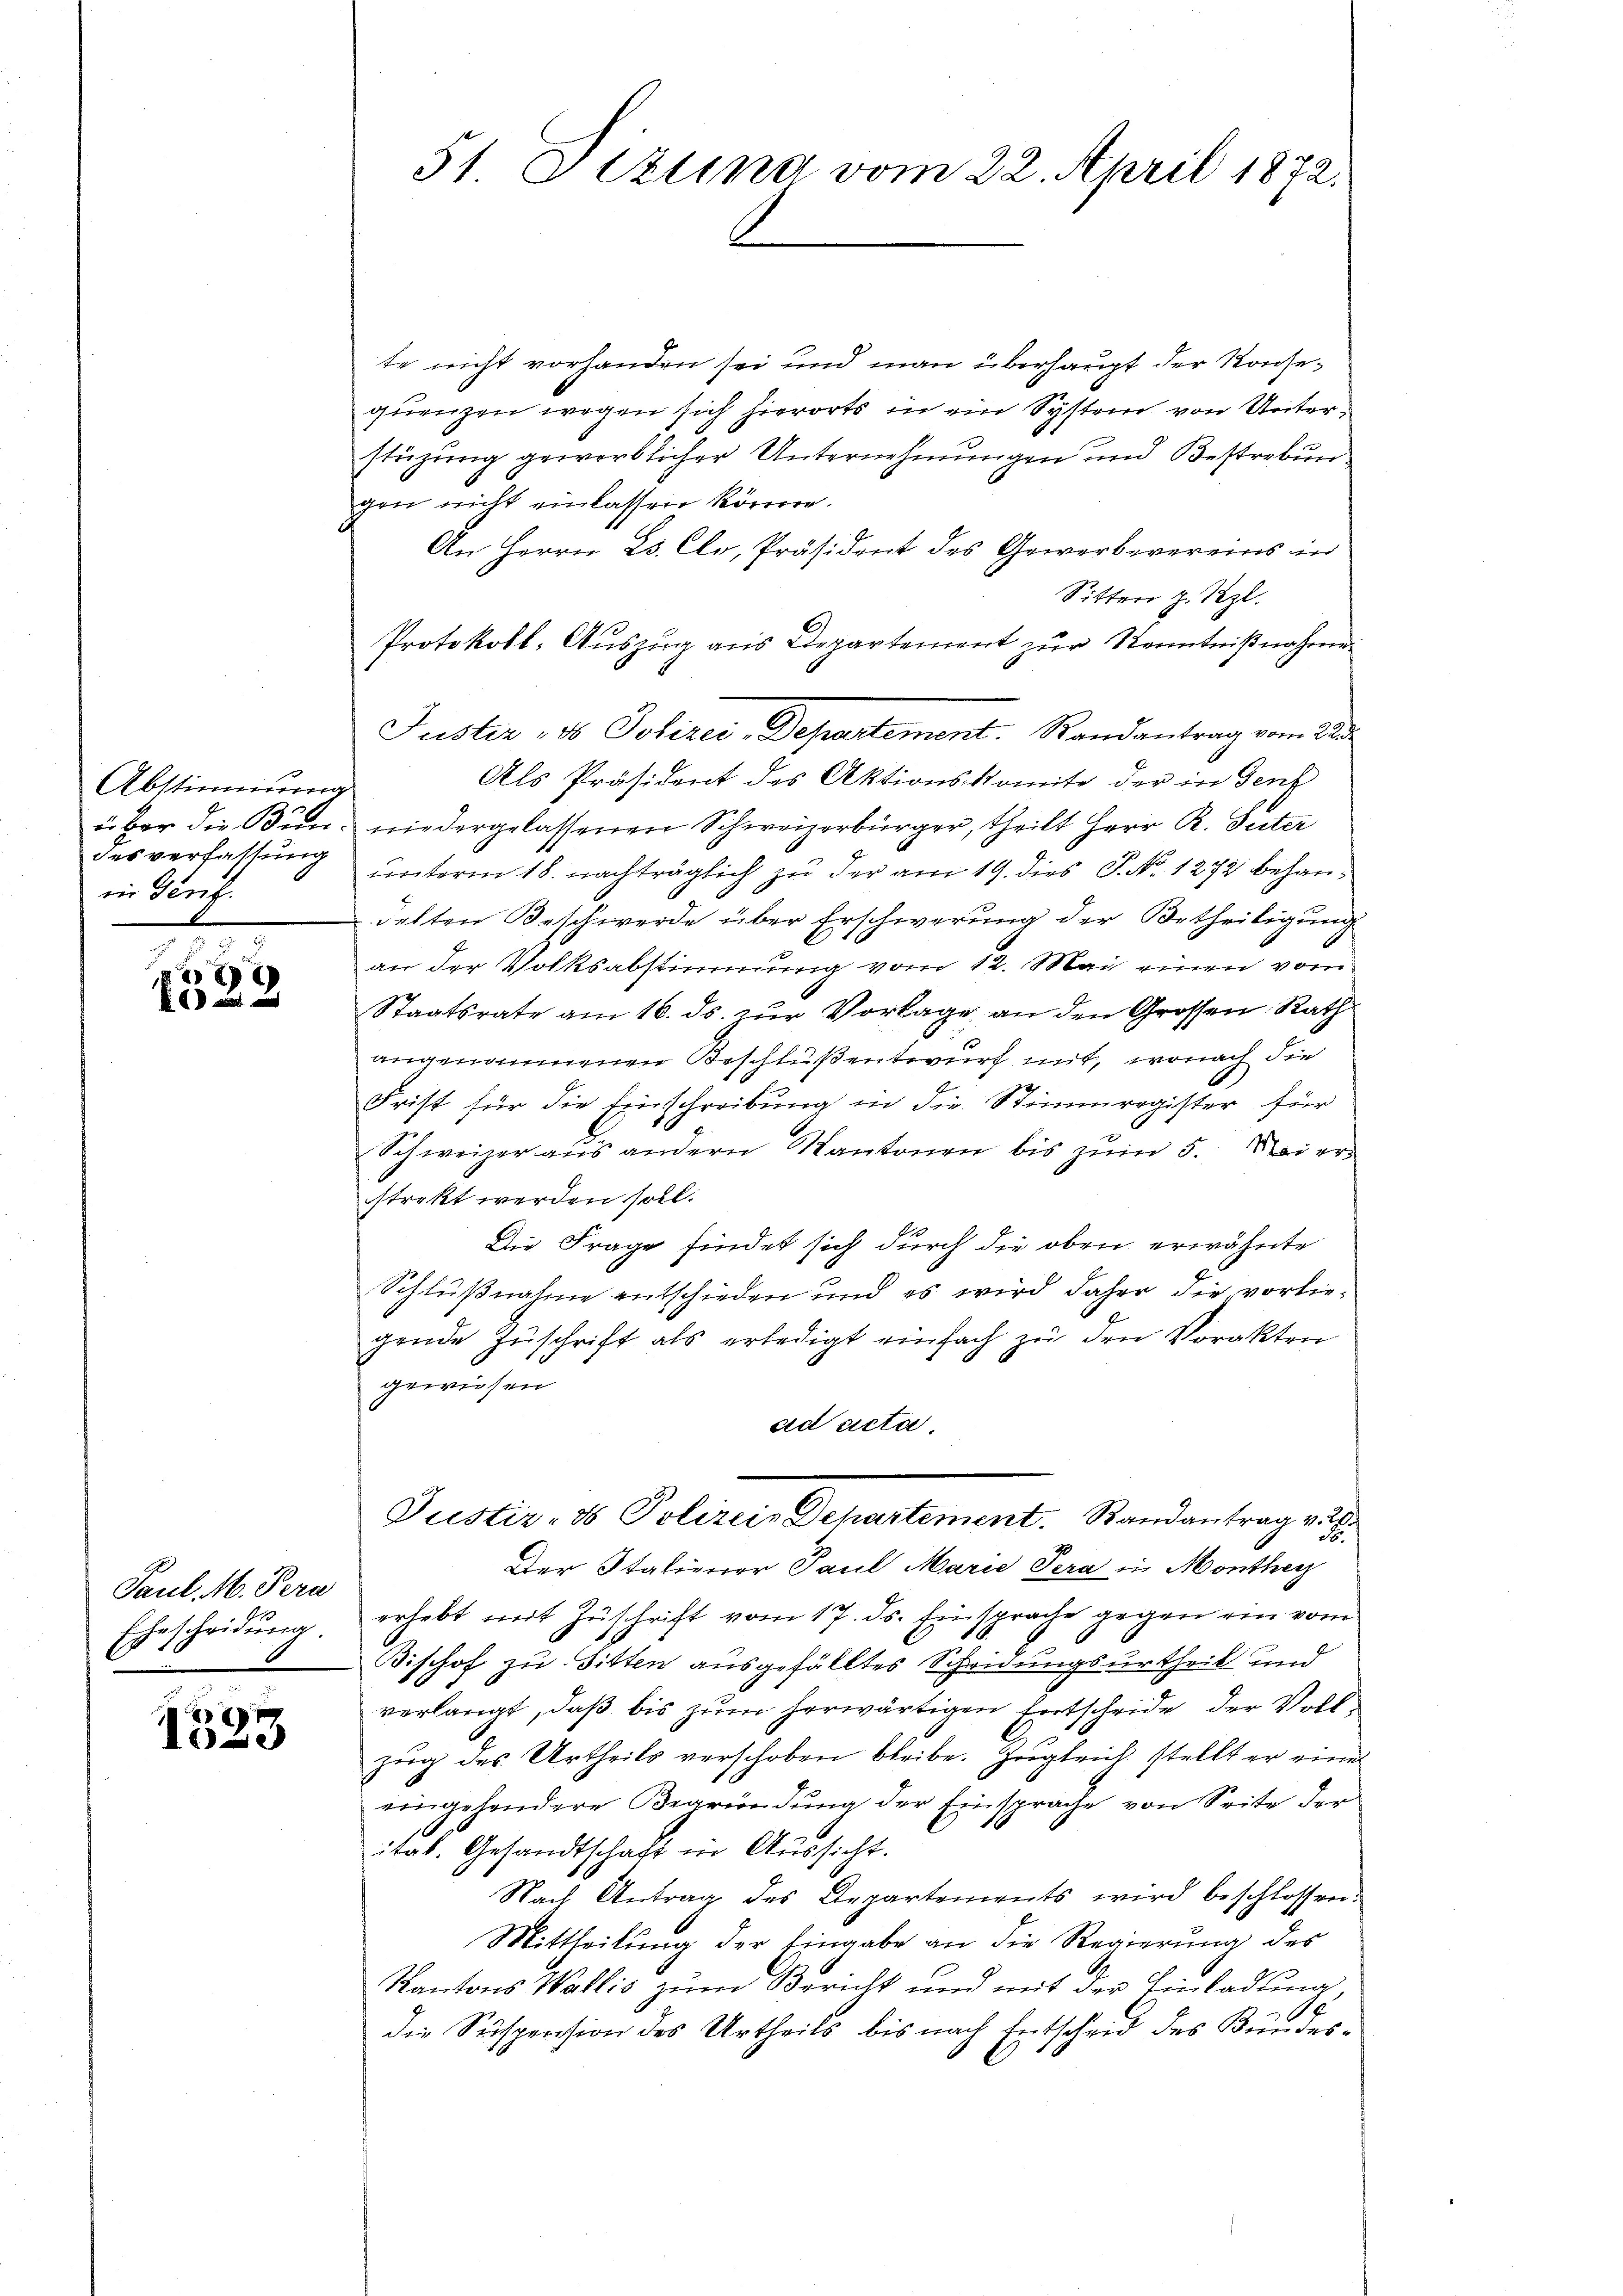
Abstimmung
desverfassung
in Genf.

e
 f 0 x

Paul. M. Pera
Ehescheidung.

28
se

51 Deztina vom 22. April 1872.

te nicht vorhanden sei und man überhaupt der Konsequenzen wegen sich hierorts in ein System von Unterstüzung gewerblicher Unternehmungen und Bestrebungen nicht einlassen könne.
An Herrn Hs. Clo, Präsident des Gewerbevereins in
Sitten z. Sept.
Protokoll- Auszug aus Departement zur Kenntnißnahme
Justiz, ds Polizei-Departement. Randantrag vom 22.
Als Präsident des Aktionskomite der in Genf
über die Bun- niedergelassenen Schweizerbürger, theilt Herr R. Suter
unterm 18. nachträglich zu der am 19. dies P. No. 1272 behandelten Beschwerde über Erschwerung der Betheiligung
an der Volksabstimmung vom 12. Mai einen vom
Staatsrate am 16. ds. zur Vorlage an den Grossen Rath
angenommenen Beschluß entwurf mit, wonach die
Frist für die Einschreibung in die Stimmregister für
Schweizer aus andern Kantonen bis zum 5. Mai erstrakt werden soll.
Die Frage findet sich durch die oben erwähnte
Schlußnahme entschieden und es wird daher die vorliegende Zŭschrift als erledigt einfach zu den Vorakten
gewiesen
ad acta,
Justiz- & Polizeis Departement. Randantrag v
Der Statiener Paul Marie Sera in Montherz
erhebt mit Zuschrift vom 17. ds. Einsprache gegen ein vom
Bischof zu Gitten ausgefälltes Scheidungsurtheil und
verlangt, daß bis zum herwärtigen Entscheide der Vollzug des Urtheils verschoben bleibe. Zugleich stellt er eine
eingehendere Begründung der Einsprache von Seite der
1
itat. Gesandtschaft in Aussicht.
Nach Antrag des Departements wird beschlossen:
Mittheilung der Eingabe an die Regierung des
Kantons Wallis zum Bericht und mit der Einladung,
die Suspension des Urtheils bis nach Entscheid des Bundes¬